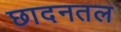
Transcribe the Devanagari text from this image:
छादनतल